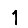
Digit: 1